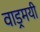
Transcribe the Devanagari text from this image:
वाड्रमयी